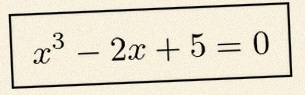
x^3-2x+5=0